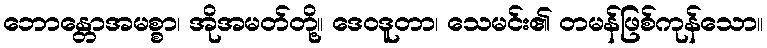
ဘောန္တောအမစ္စာ၊ အိုအမတ်တို့။ ဒေဝဒူတာ၊ သေမင်း၏ တမန်ဖြစ်ကုန်သော။